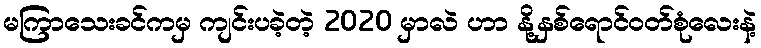
မကြာသေးခင်ကမှ ကျင်းပခဲ့တဲ့ 2020 မှာလဲ ဟာ နို့နှစ်ရောင်ဝတ်စုံလေးနဲ့